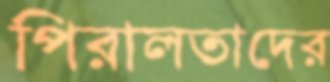
পিরালতাদের